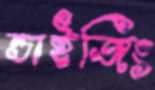
ন্ডাইজিং